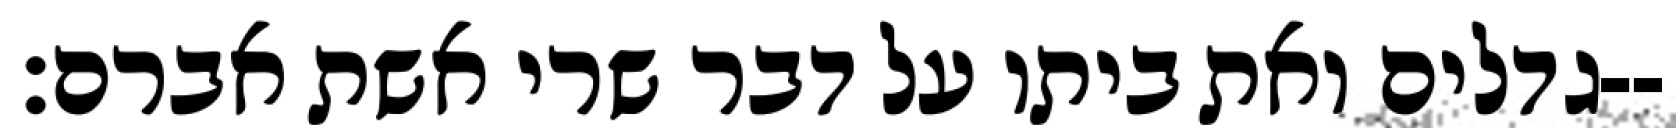
גדלים ואת ביתו על דבר שרי אשת אברם׃--